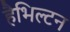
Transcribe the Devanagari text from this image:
हैभिल्टन